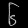
Digit: ၆